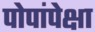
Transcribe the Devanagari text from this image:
पोपांपेक्षा